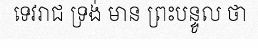
ទេវរាជ ទ្រង់ មាន ព្រះបន្ទូល ថា